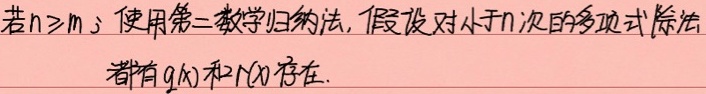
若\(n\geq m\)，使用第二数学归纳法，假设对小于\(n\)次的多项式除法
都有\(q(x)\)和\(r(x)\)存在.